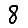
Digit: 8